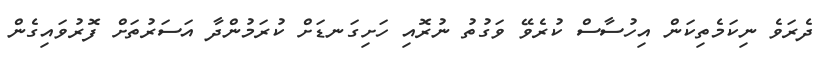
ދެރަވެ ނިކަމެތިކަން އިހުސާސް ކުރެވޭ ވަގުތު ނުރޮއި ހަށިގަނޑަށް ކުރަމުންދާ އަސަރުތަށް ފޮރުވައިގެން